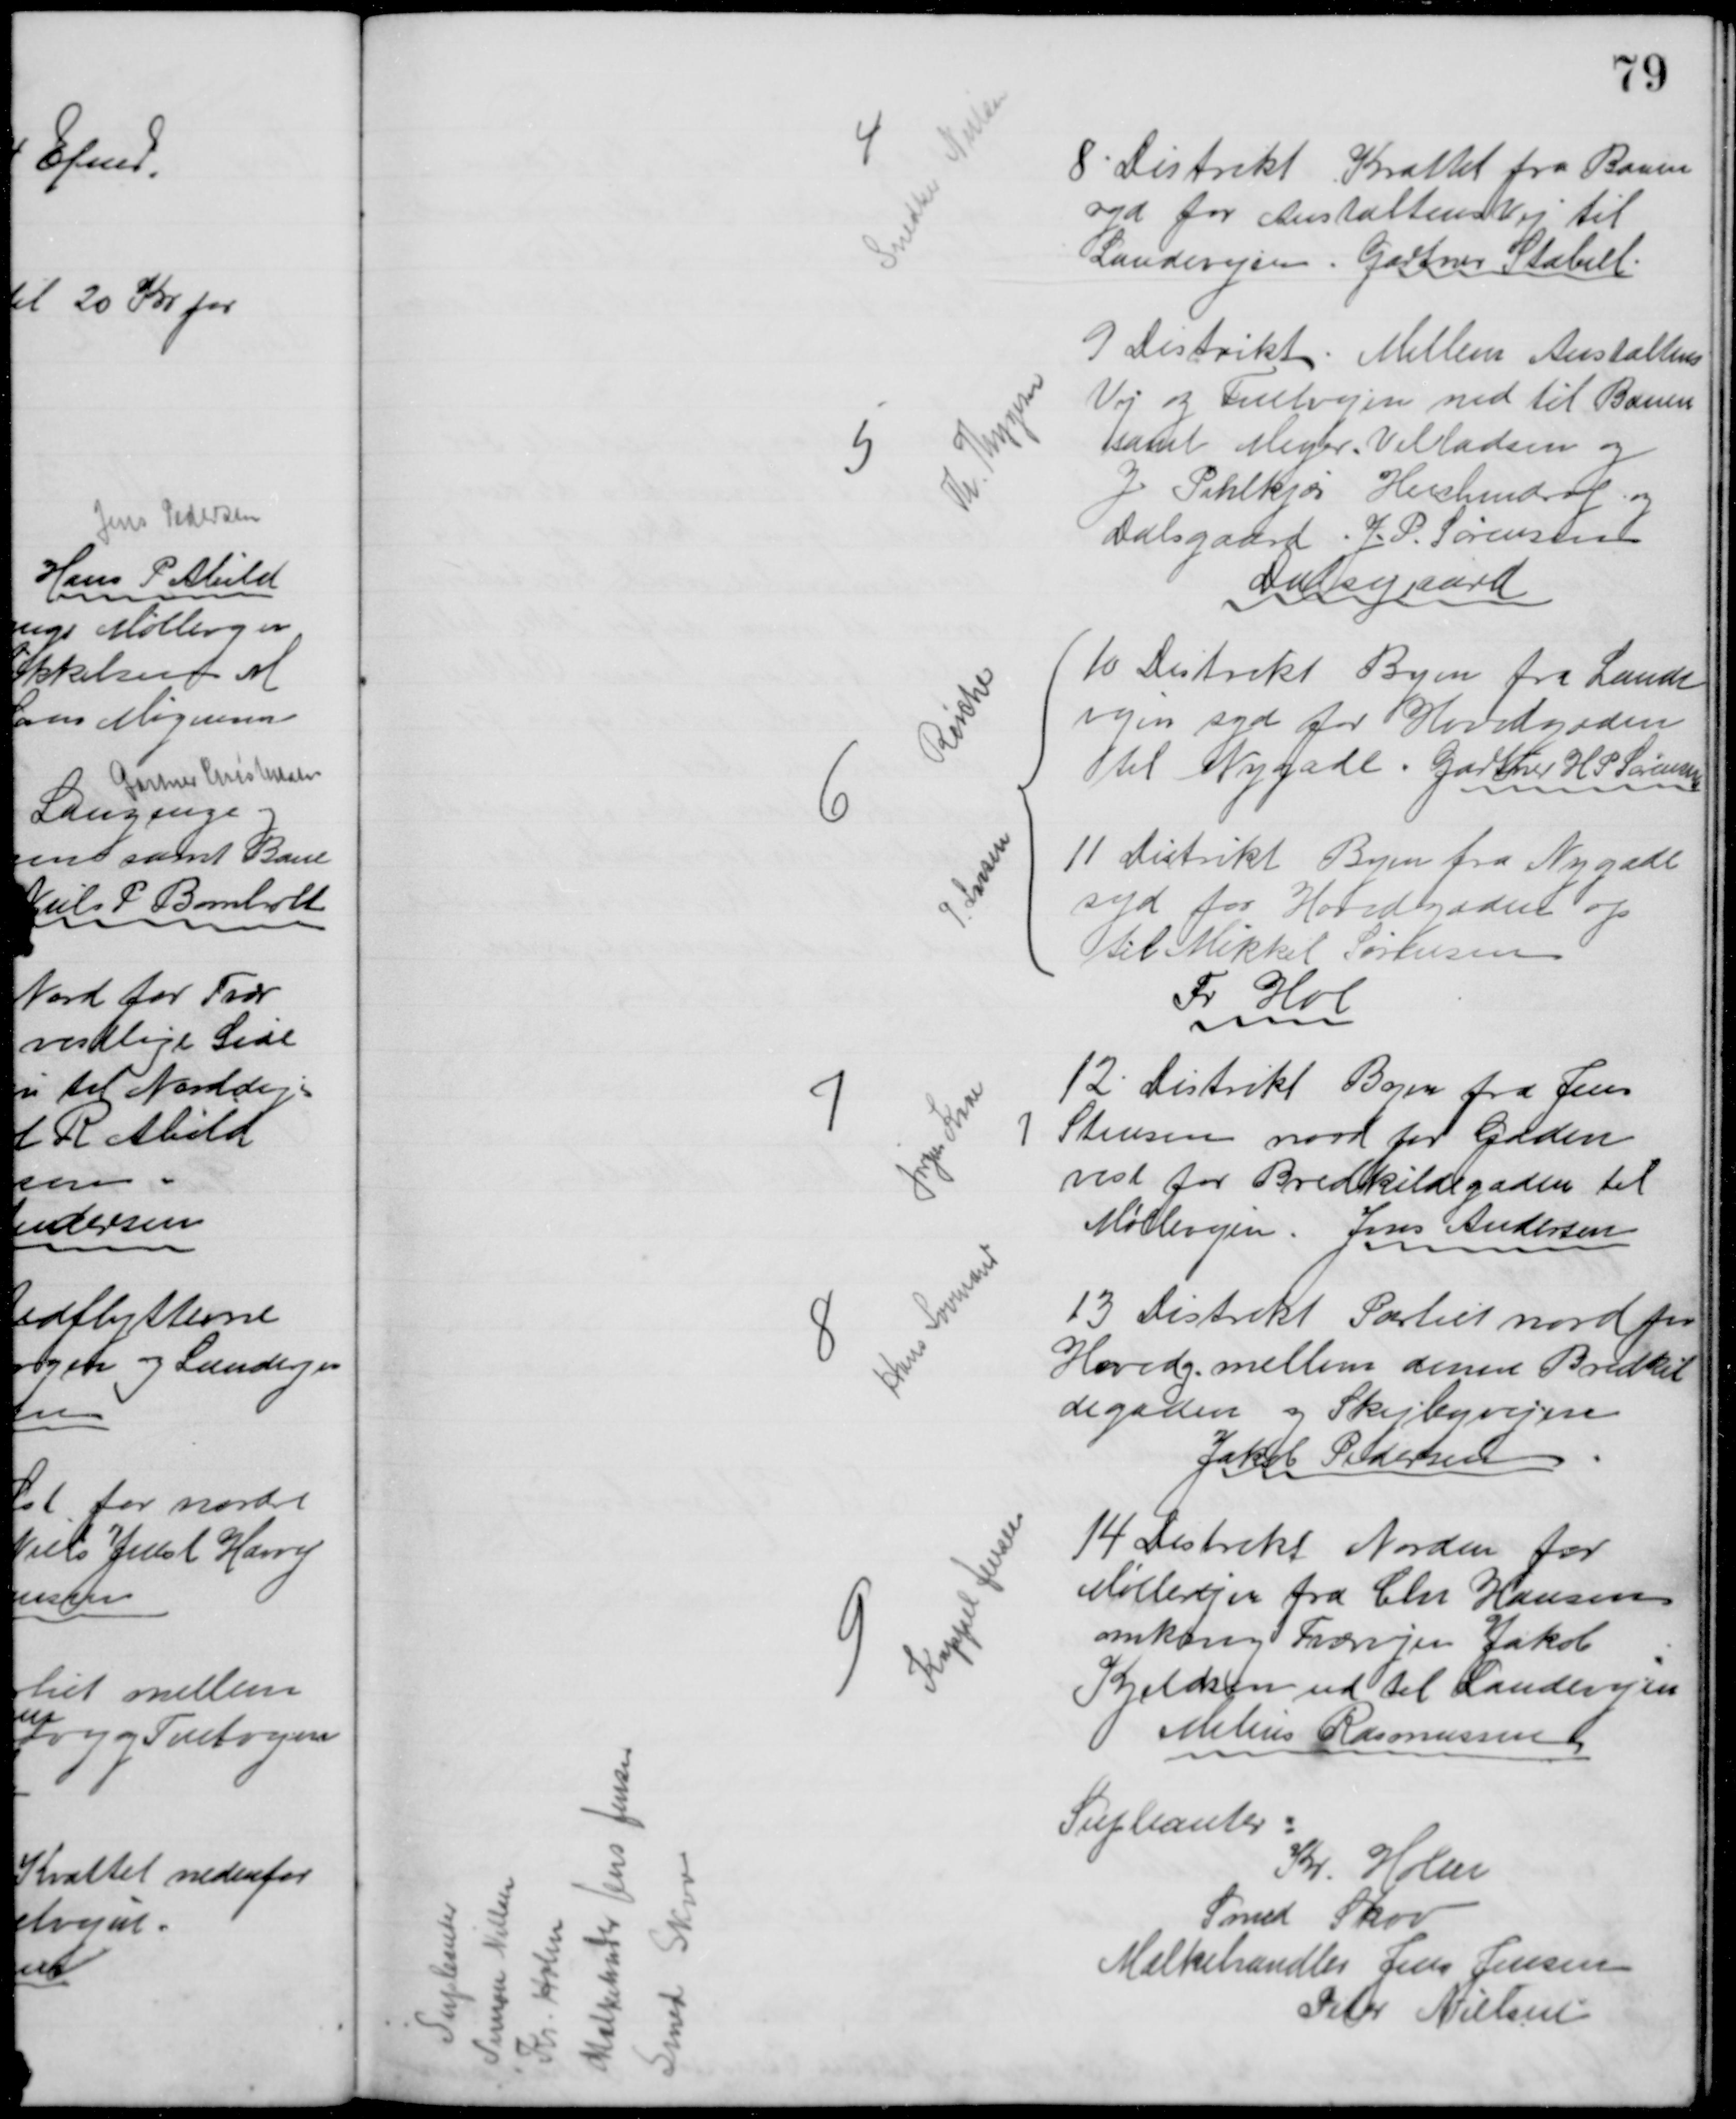
Transskription:
4
Snedker Nielsen
8. Distrikt Krattet fra Banen
syd for Anstaltens Vej til
Landevejen. Gartner Stabell.
5
Th. Thygesen
9 Distrikt. Mellem Anstaltens
Vej og Fuetvejen ned til Banen
samt Meyer, Villadsen og
J Pihlkjær Heickendorf og 
Dalsgaard. J. P. Sørensen
Dalsgaard
6
Reiche
10 Distrikt Byen fra Lande
vejen syd for Hovedgaden
til Nygade. Gartner H P Sørensen
P Larsen
11 Distrikt Byen fra Nygade
syd for Hovedgaden op
til Mikkel Sørensen
Fr Hal
7
Jørgen Kaae
12. Distrikt Byen fra Jens
P Steensen nord for Gaden
vest for Bredkildegaden til
Møllevejen. Jens Andersen
8
Hans Lovmand
13 Distrikt Partiet nord for 
Hovedg. mellem denne Bredkil
degaden og Skejbyvejen
Jakob Pedersen
9
Kappel Jensen
14 Distrikt Norden for
Møllevejen fra Chr Hansen
omkring Tværvjen Jakob
Kjeldsen ud til Landevejen
Melius Rasmussen
Supleanter
Kr. Holm
Smed Skov
Mælkehandler Jens Jensen
Peter Nielsen

Supleanter
Simon Nielsen
Kr. Holm
Mælkehandler Jens Jensen
Smed Skov